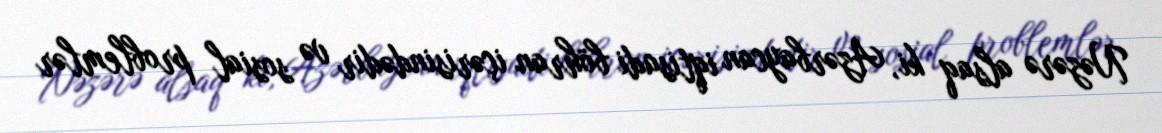
Nəzərə alsaq ki, Azərbaycan iqtisadi böhran içərisindədir və sosial problemlər